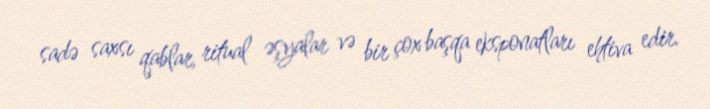
sadə saxsı qablar, ritual əşyalar və bir çox başqa eksponatları ehtiva edir.